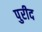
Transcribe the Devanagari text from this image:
पुरीद